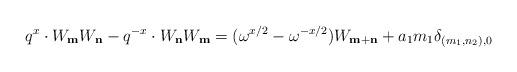
LaTeX: \begin{align*}q^x \cdot W_{\bf m} W_{\bf n} - q^{-x} \cdot W_{\bf n} W_{\bf m} = (\omega^{x/2} - \omega^{-x/2} ) W_{{\bf m}+{\bf n}} + a_1 m_1 \delta_{(m_1, n_2),0}\end{align*}